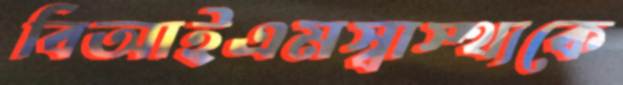
বিআইএমস্বাস্থ্যকে